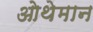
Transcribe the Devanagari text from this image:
ओथेमान